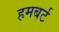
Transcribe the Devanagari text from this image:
हमबर्ट